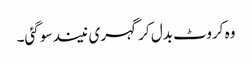
وہ کروٹ بدل کر گہری نیند سو گئی۔